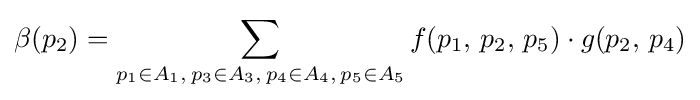
\beta (p_{2})=\sum \limits _{p_{1}\in A_{1},\,p_{3}\in A_{3},\,p_{4}\in A_{4},\,p_{5}\in A_{5}}f(p_{1},\,p_{2},\,p_{5})\cdot g(p_{2},\,p_{4})